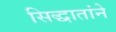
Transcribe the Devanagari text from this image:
सिद्धातांने